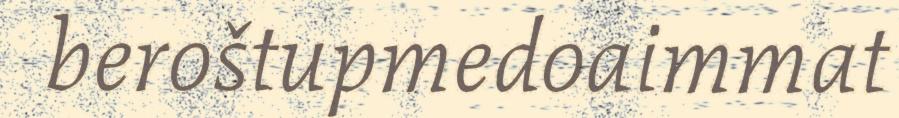
beroštupmedoaimmat